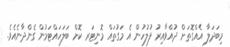
މިބަދަލާ އެއްގޮތަށް ދުއްވާއިރު ފުލުހުން އެ މަގުތައް މޮނިޓަރ ކޮށް ބަލަހައްޓަމުން ގެންދާނެއެވެ.